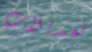
تعديلات